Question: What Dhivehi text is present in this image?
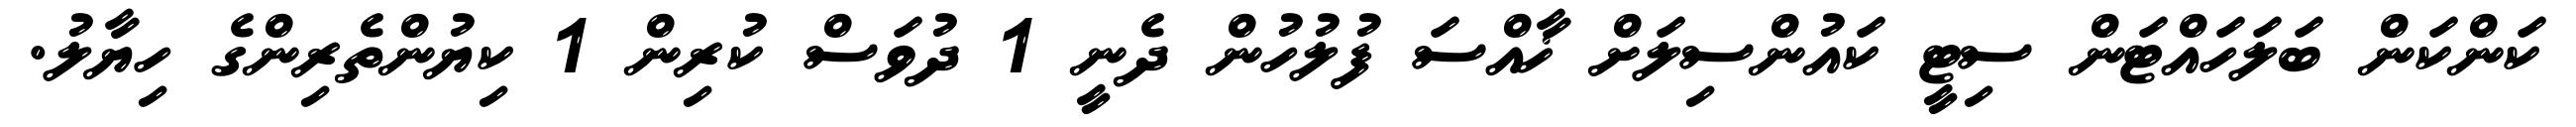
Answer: ކަންކަން ބަލަހައްޓަން ސިޓީ ކައުންސިލަށް ޚާއްސަ ފުލުހުން ދެނީ 1 ދުވަސް ކުރިން 1 ކިޔުންތެރިންގެ ހިޔާލު.